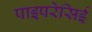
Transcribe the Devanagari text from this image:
पाइपरेसिई